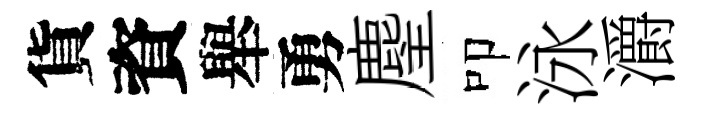
貨資舉勇麈叩泳灂